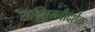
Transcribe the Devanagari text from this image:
सद्भिरुचीदर्शक